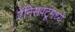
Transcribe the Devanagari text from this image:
टेनिसपटूंमध्ये